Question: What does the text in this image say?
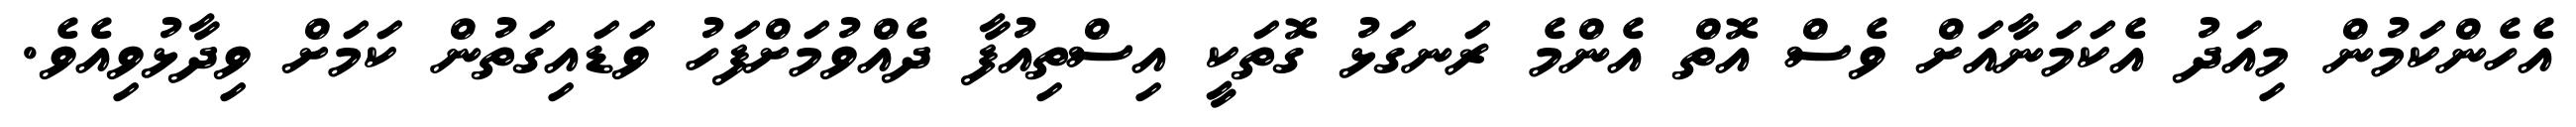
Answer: އެހެންކަމުން މިއަދު އެކަމަނާއަށް ވެސް އޮތް އެންމެ ރަނގަޅު ގޮތަކީ އިސްތިއުފާ ދެއްވުމަށްފަހު ވަޑައިގަތުން ކަމަށް ވިދާޅުވިއެވެ.